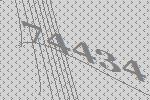
74434